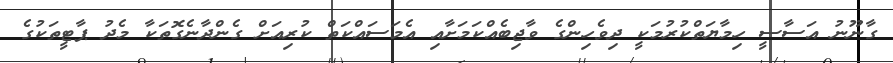
ގާނޫނު އަސާސީ ހިމާޔަތްކުރުމަކީ ދިވެހިންގެ ވާޖިބެއްކަމަށާއި އެމަސައްކަތް ކުރިއަށް ގެންދާނެގޮތަކާ މެދު ޕާޓީތަކުގެ